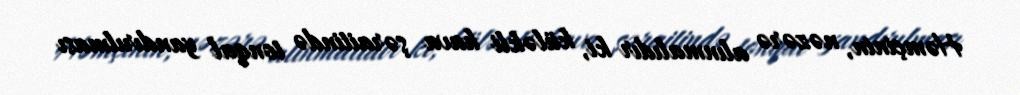
Həmçinin, nəzərə alınmalıdır ki, küləkli hava şəraitində tonqal yandırılması